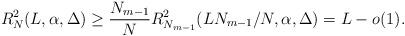
LaTeX: \begin{align*} R_N^2(L,\alpha,\Delta)\geq \frac{N_{m-1}}{N}R_{N_{m-1}}^2(L N_{m-1}/N,\alpha,\Delta)=L-o(1).\end{align*}